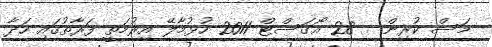
މަސް ކުރިން - 28 އޯގަސްޓް 2011 ހުޅުމާލޭ އިރުމަތީ ފަރާތުގައި ހަދާ